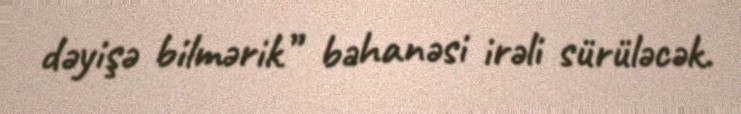
dəyişə bilmərik” bəhanəsi irəli sürüləcək.